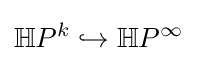
\mathbb {H} P^{k}\hookrightarrow \mathbb {H} P^{\infty }